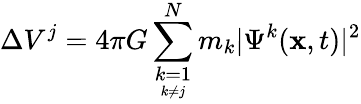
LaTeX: \Delta V^{j}=4\pi G\sum_{\underset{k\neq j}{k=1}}^{N}m_{k}\vert\Psi^{k}(\textbf{x},t)\vert^{2}